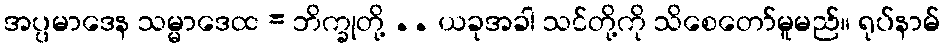
အပ္ပမာဒေန သမ္မာဒေထ = ဘိက္ခုတို့ .. ယခုအခါ သင်တို့ကို သိစေတော်မူမည်။ ရုပ်နာမ်